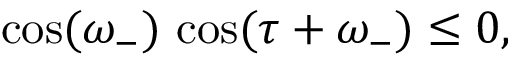
\cos ( \omega _ { - } ) \, \cos ( \tau + \omega _ { - } ) \leq 0 ,